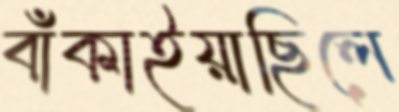
বাঁকাইয়াছিলে